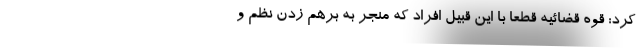
کرد: قوه قضائیه قطعاً با این قبیل افراد که منجر به برهم زدن نظم و